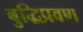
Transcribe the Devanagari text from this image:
बुद्धिप्रवण